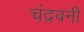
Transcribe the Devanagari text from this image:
चंद्रबनी